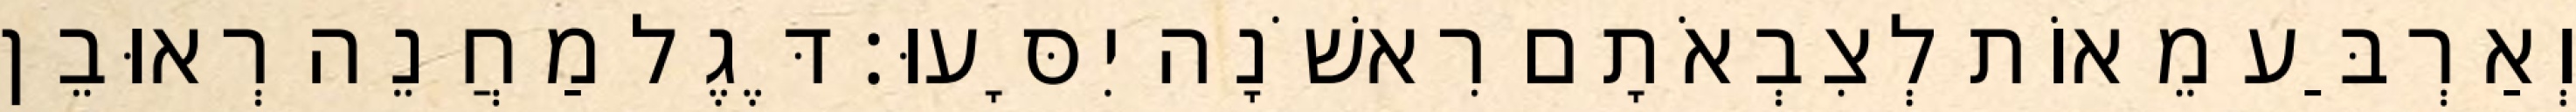
וְאַרְבַּע מֵאוֹת לְצִבְאֹתָם רִאשֹׁנָה יִסָּעוּ׃ דֶּגֶל מַחֲנֵה רְאוּבֵן